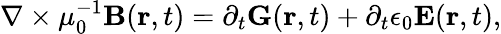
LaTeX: \nabla\times\mu_{0}^{-1}\mathbf{B}(\mathbf{r},t)=\partial_{t}\mathbf{G}(\mathbf{r},t)+\partial_{t}\epsilon_{0}\mathbf{E}(\mathbf{r},t),